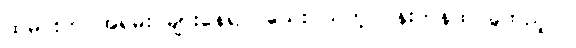
ထမင်းက အရမ်း များနေရင် သေးငယ်တဲ့ ပန်းကန်ထဲ ခွဲထည့်ပါ။